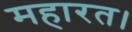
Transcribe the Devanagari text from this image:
महारत।